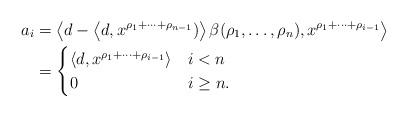
LaTeX: \begin{align*}a_i & = \left\langle d - \left\langle d , x^{\rho_1 + \cdots + \rho_{n-1}}) \right\rangle \beta(\rho_1, \dots , \rho_n), x^{\rho_1 + \cdots + \rho_{i-1}}\right\rangle \\& = \begin{cases}\left\langle d , x^{\rho_1 + \cdots + \rho_{i-1}}\right \rangle & i < n\\0 & i \geq n.\end{cases}\end{align*}